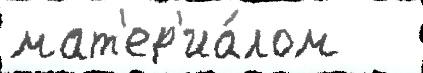
мат'ер'иа́лом